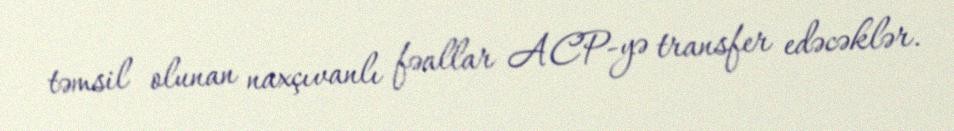
təmsil olunan naxçıvanlı fəallar ACP-yə transfer edəcəklər.